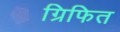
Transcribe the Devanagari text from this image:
ग्रिफित